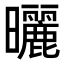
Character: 曬